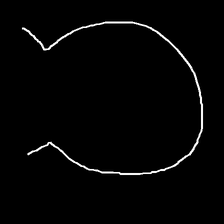
Glyph: weave